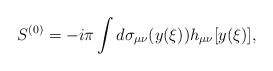
LaTeX: \begin{align*}S^{(0)}=-i\pi\int d\sigma_{\mu\nu}(y(\xi))h_{\mu\nu}[y(\xi)],\end{align*}